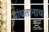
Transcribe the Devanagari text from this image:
बांधतानाच